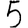
Digit: 5